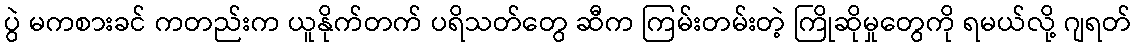
ပွဲ မကစားခင် ကတည်းက ယူနိုက်တက် ပရိသတ်တွေ ဆီက ကြမ်းတမ်းတဲ့ ကြိုဆိုမှုတွေကို ရမယ်လို့ ဂျရတ်